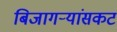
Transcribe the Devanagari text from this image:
बिजागऱ्यांसकट